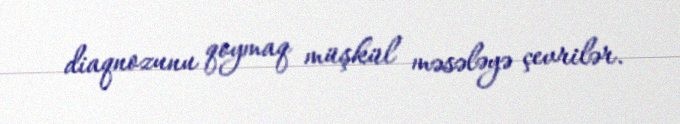
diaqnozunu qoymaq müşkül məsələyə çevrilər.